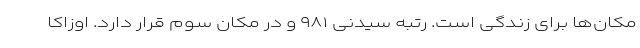
مکان‌ها برای زندگی است. رتبه سیدنی ۹۸۱ و در مکان سوم قرار دارد. اوزاکا